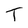
Character: T